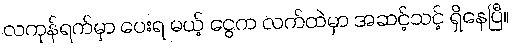
လကုန်ရက်မှာ ပေးရ မယ့် ငွေက လက်ထဲမှာ အဆင့်သင့် ရှိနေပြီ။